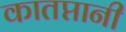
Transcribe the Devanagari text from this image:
कातप्तानी